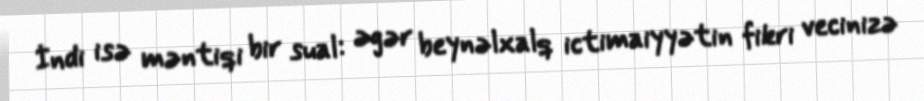
İndi isə məntiqi bir sual: əgər beynəlxalq ictimaiyyətin fikri vecinizə